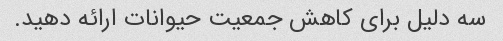
سه دلیل برای کاهش جمعیت حیوانات ارائه دهید.